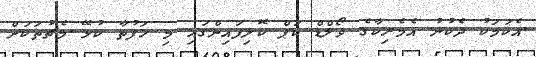
އެކަމަކު ދެކުނު އެމެރިކާގެ ވޯލްޑް ކަޕް ކޮލިފައިންގައި މި ހަފުތާ ކުޅޭ މެޗުތަކަށް